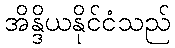
အိန္ဒိယနိုင်ငံသည်